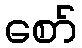
စော်